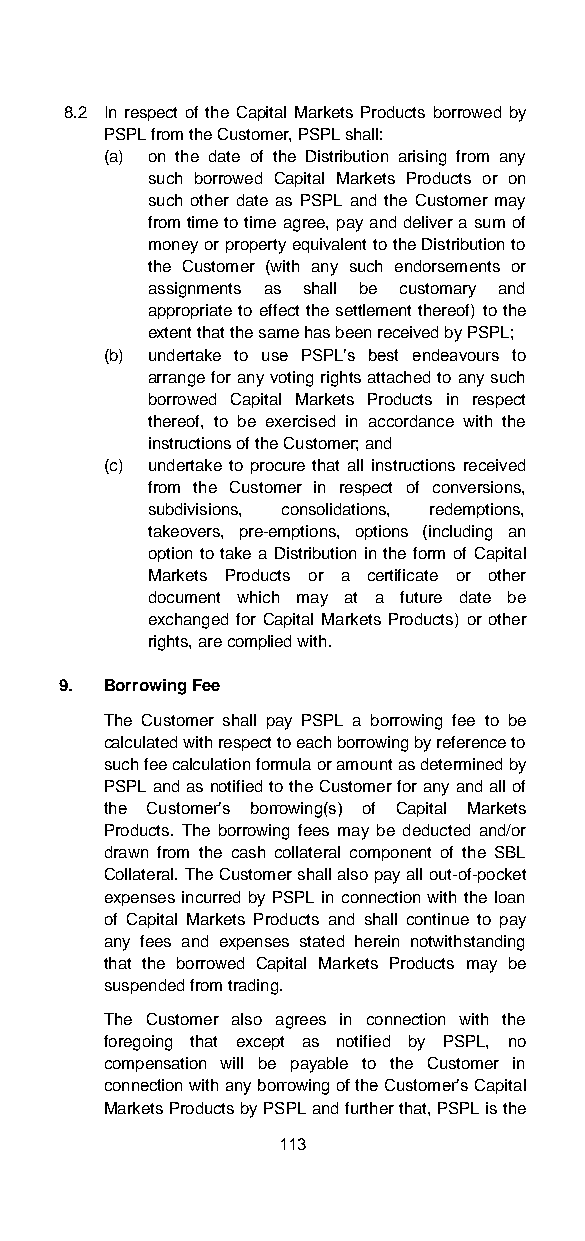
8.2 In respect of the Capital Markets Products borrowed by
 PSPL from the Customer, PSPL shall:
 (a) on the date of the Distribution arising from any
 such borrowed Capital Markets Products or on
 such other date as PSPL and the Customer may
 from time to time agree, pay and deliver a sum of
 money or property equivalent to the Distribution to
 the Customer (with any such endorsements or
 assignments as shall be customary and
 appropriate to effect the settlement thereof) to the
 extent that the same has been received by PSPL;
 (b) undertake to use PSPL’s best endeavours to
 arrange for any voting rights attached to any such
 borrowed Capital Markets Products in respect
 thereof, to be exercised in accordance with the
 instructions of the Customer; and
 (c) undertake to procure that all instructions received
 from the Customer in respect of conversions,
 subdivisions, consolidations, redemptions,
 takeovers, pre-emptions, options (including an
 option to take a Distribution in the form of Capital
 Markets Products or a certificate or other
 document which may at a future date be
 exchanged for Capital Markets Products) or other
 rights, are complied with.
 9. Borrowing Fee
 The Customer shall pay PSPL a borrowing fee to be
 calculated with respect to each borrowing by reference to
 such fee calculation formula or amount as determined by
 PSPL and as notified to the Customer for any and all of
 the Customer’s borrowing(s) of Capital Markets
 Products. The borrowing fees may be deducted and/or
 drawn from the cash collateral component of the SBL
 Collateral. The Customer shall also pay all out-of-pocket
 expenses incurred by PSPL in connection with the loan
 of Capital Markets Products and shall continue to pay
 any fees and expenses stated herein notwithstanding
 that the borrowed Capital Markets Products may be
 suspended from trading.
 The Customer also agrees in connection with the
 foregoing that except as notified by PSPL, no
 compensation will be payable to the Customer in
 connection with any borrowing of the Customer’s Capital
 Markets Products by PSPL and further that, PSPL is the
 113